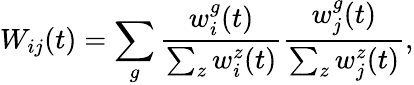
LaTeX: W_{ij}(t)=\sum_{g}\frac{w_{i}^{g}(t)}{\sum_{z}w_{i}^{z}(t)}\frac{w_{j}^{g}(t)}{\sum_{z}w_{j}^{z}(t)},